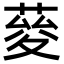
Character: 𦴅